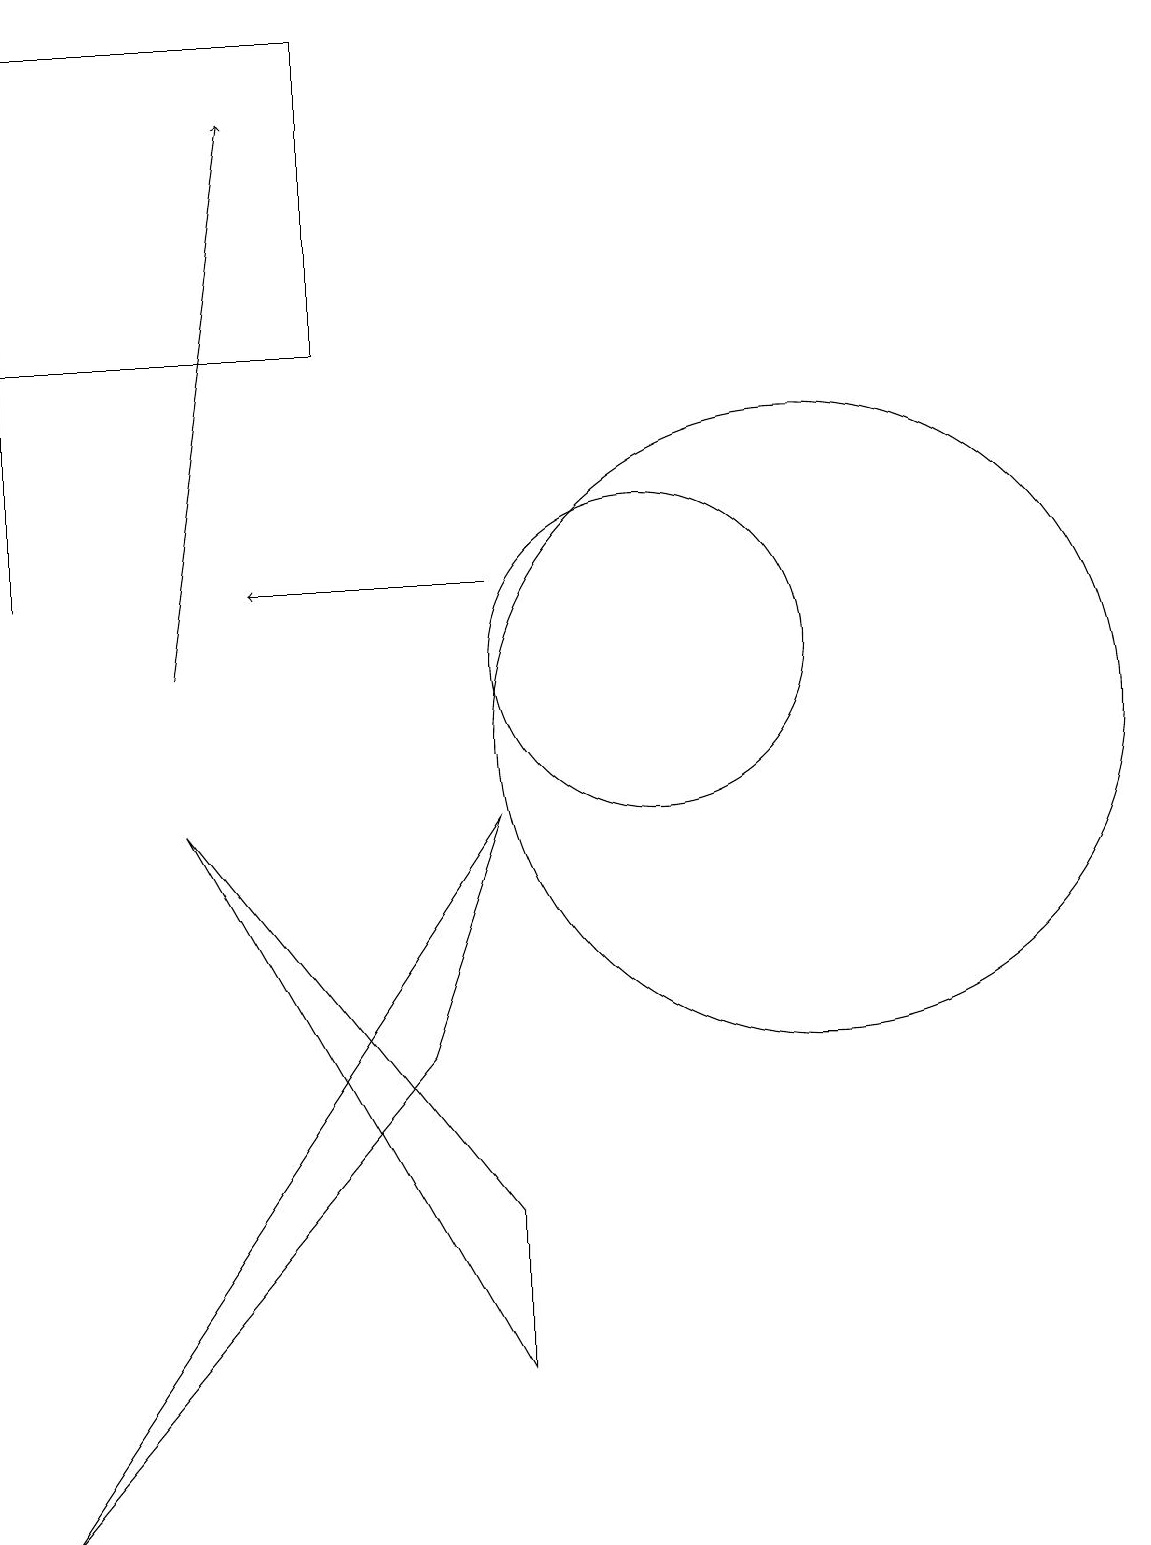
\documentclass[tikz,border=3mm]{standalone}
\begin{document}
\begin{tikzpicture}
\draw[->] (8,12) -- (5,12);
\draw (8,4) -- (4,9) -- (8,2) -- cycle;
\draw (12,10) circle (4);
\draw (7,6) -- (2,0) -- (8,9) -- cycle;
\draw[->] (4,11) -- (5,18);
\draw (6,19) rectangle (2,15);
\draw (2,18) rectangle (2,12);
\draw (10,11) circle (2);
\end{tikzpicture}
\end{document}